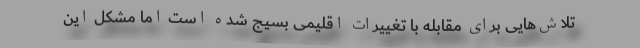
تلاش‌هایی برای مقابله با تغییرات اقلیمی بسیج شده است اما مشکل این